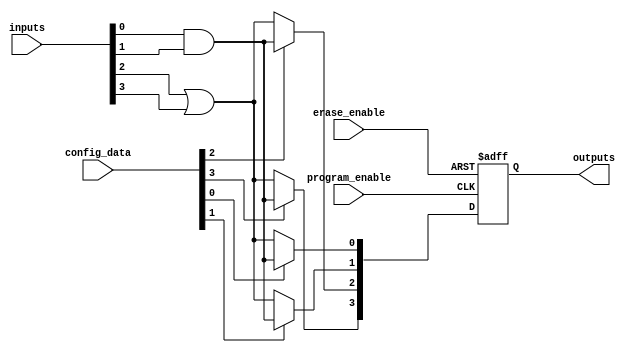
module EPLD (
    input wire [N-1:0] inputs,            // Input signals
    output wire [M-1:0] outputs,          // Output signals
    input wire program_enable,             // Programming mode control
    input wire erase_enable,               // Erase mode control
    input wire [CONFIG_BITS-1:0] config_data // Configuration data input
);

parameter N = 8;                            // Number of inputs
parameter M = 4;                            // Number of outputs
parameter CONFIG_BITS = 64;                // Configuration bits for logic

// Internal signals
wire [N-1:0] programmed_logic;              // Logic outputs from logic array
reg [M-1:0] internal_outputs;               // Register for outputs

// I/O Blocks (simplified)
assign outputs = internal_outputs;

// Logic Array (simplified representation)
generate
    genvar i;
    for (i = 0; i < M; i = i + 1) begin : logic_block
        // Example logic implementation based on configuration
        assign programmed_logic[i] = (config_data[i] == 1'b1) ? (inputs[0] & inputs[1]) : (inputs[2] | inputs[3]);
    end
endgenerate

// Control Logic
always @(posedge program_enable or posedge erase_enable) begin
    if (erase_enable) begin
        internal_outputs <= {M{1'b0}}; // Clear outputs
    end else if (program_enable) begin
        // Load configuration into internal outputs
        internal_outputs <= programmed_logic;
    end
end

endmodule